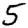
Digit: 5